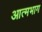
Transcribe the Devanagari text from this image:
आत्मभाग